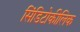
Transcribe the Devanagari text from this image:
सिंडिटोकीलिक